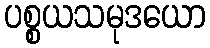
ပစ္စယသမုဒယော